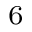
_ 6